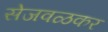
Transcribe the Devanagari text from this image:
सेजवळकर